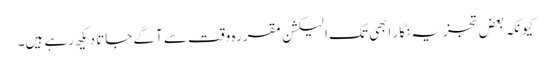
کیونکہ بعض تجزیہ نگار ابھی تک الیکشن مقررہ وقت سے آگے جاتا دیکھ رہے ہیں۔